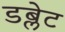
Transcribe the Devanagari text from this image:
डब्लेट